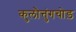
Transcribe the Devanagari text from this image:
कुलौत्तुंगचोड़